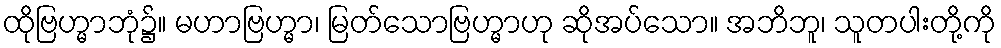
ထိုဗြဟ္မာဘုံ၌။ မဟာဗြဟ္မာ၊ မြတ်သောဗြဟ္မာဟု ဆိုအပ်သော။ အဘိဘူ၊ သူတပါးတို့ကို